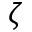
\zeta